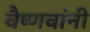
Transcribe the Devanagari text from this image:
वैष्णवांनी